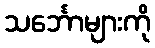
သင်္ဘောများကို